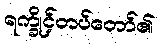
ရက္ခိုင့်တပ်တော်၏